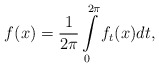
\begin{align*}f(x)=\frac{1}{2\pi}\int\limits_{0}^{2\pi}f_{t}(x)dt,\end{align*}